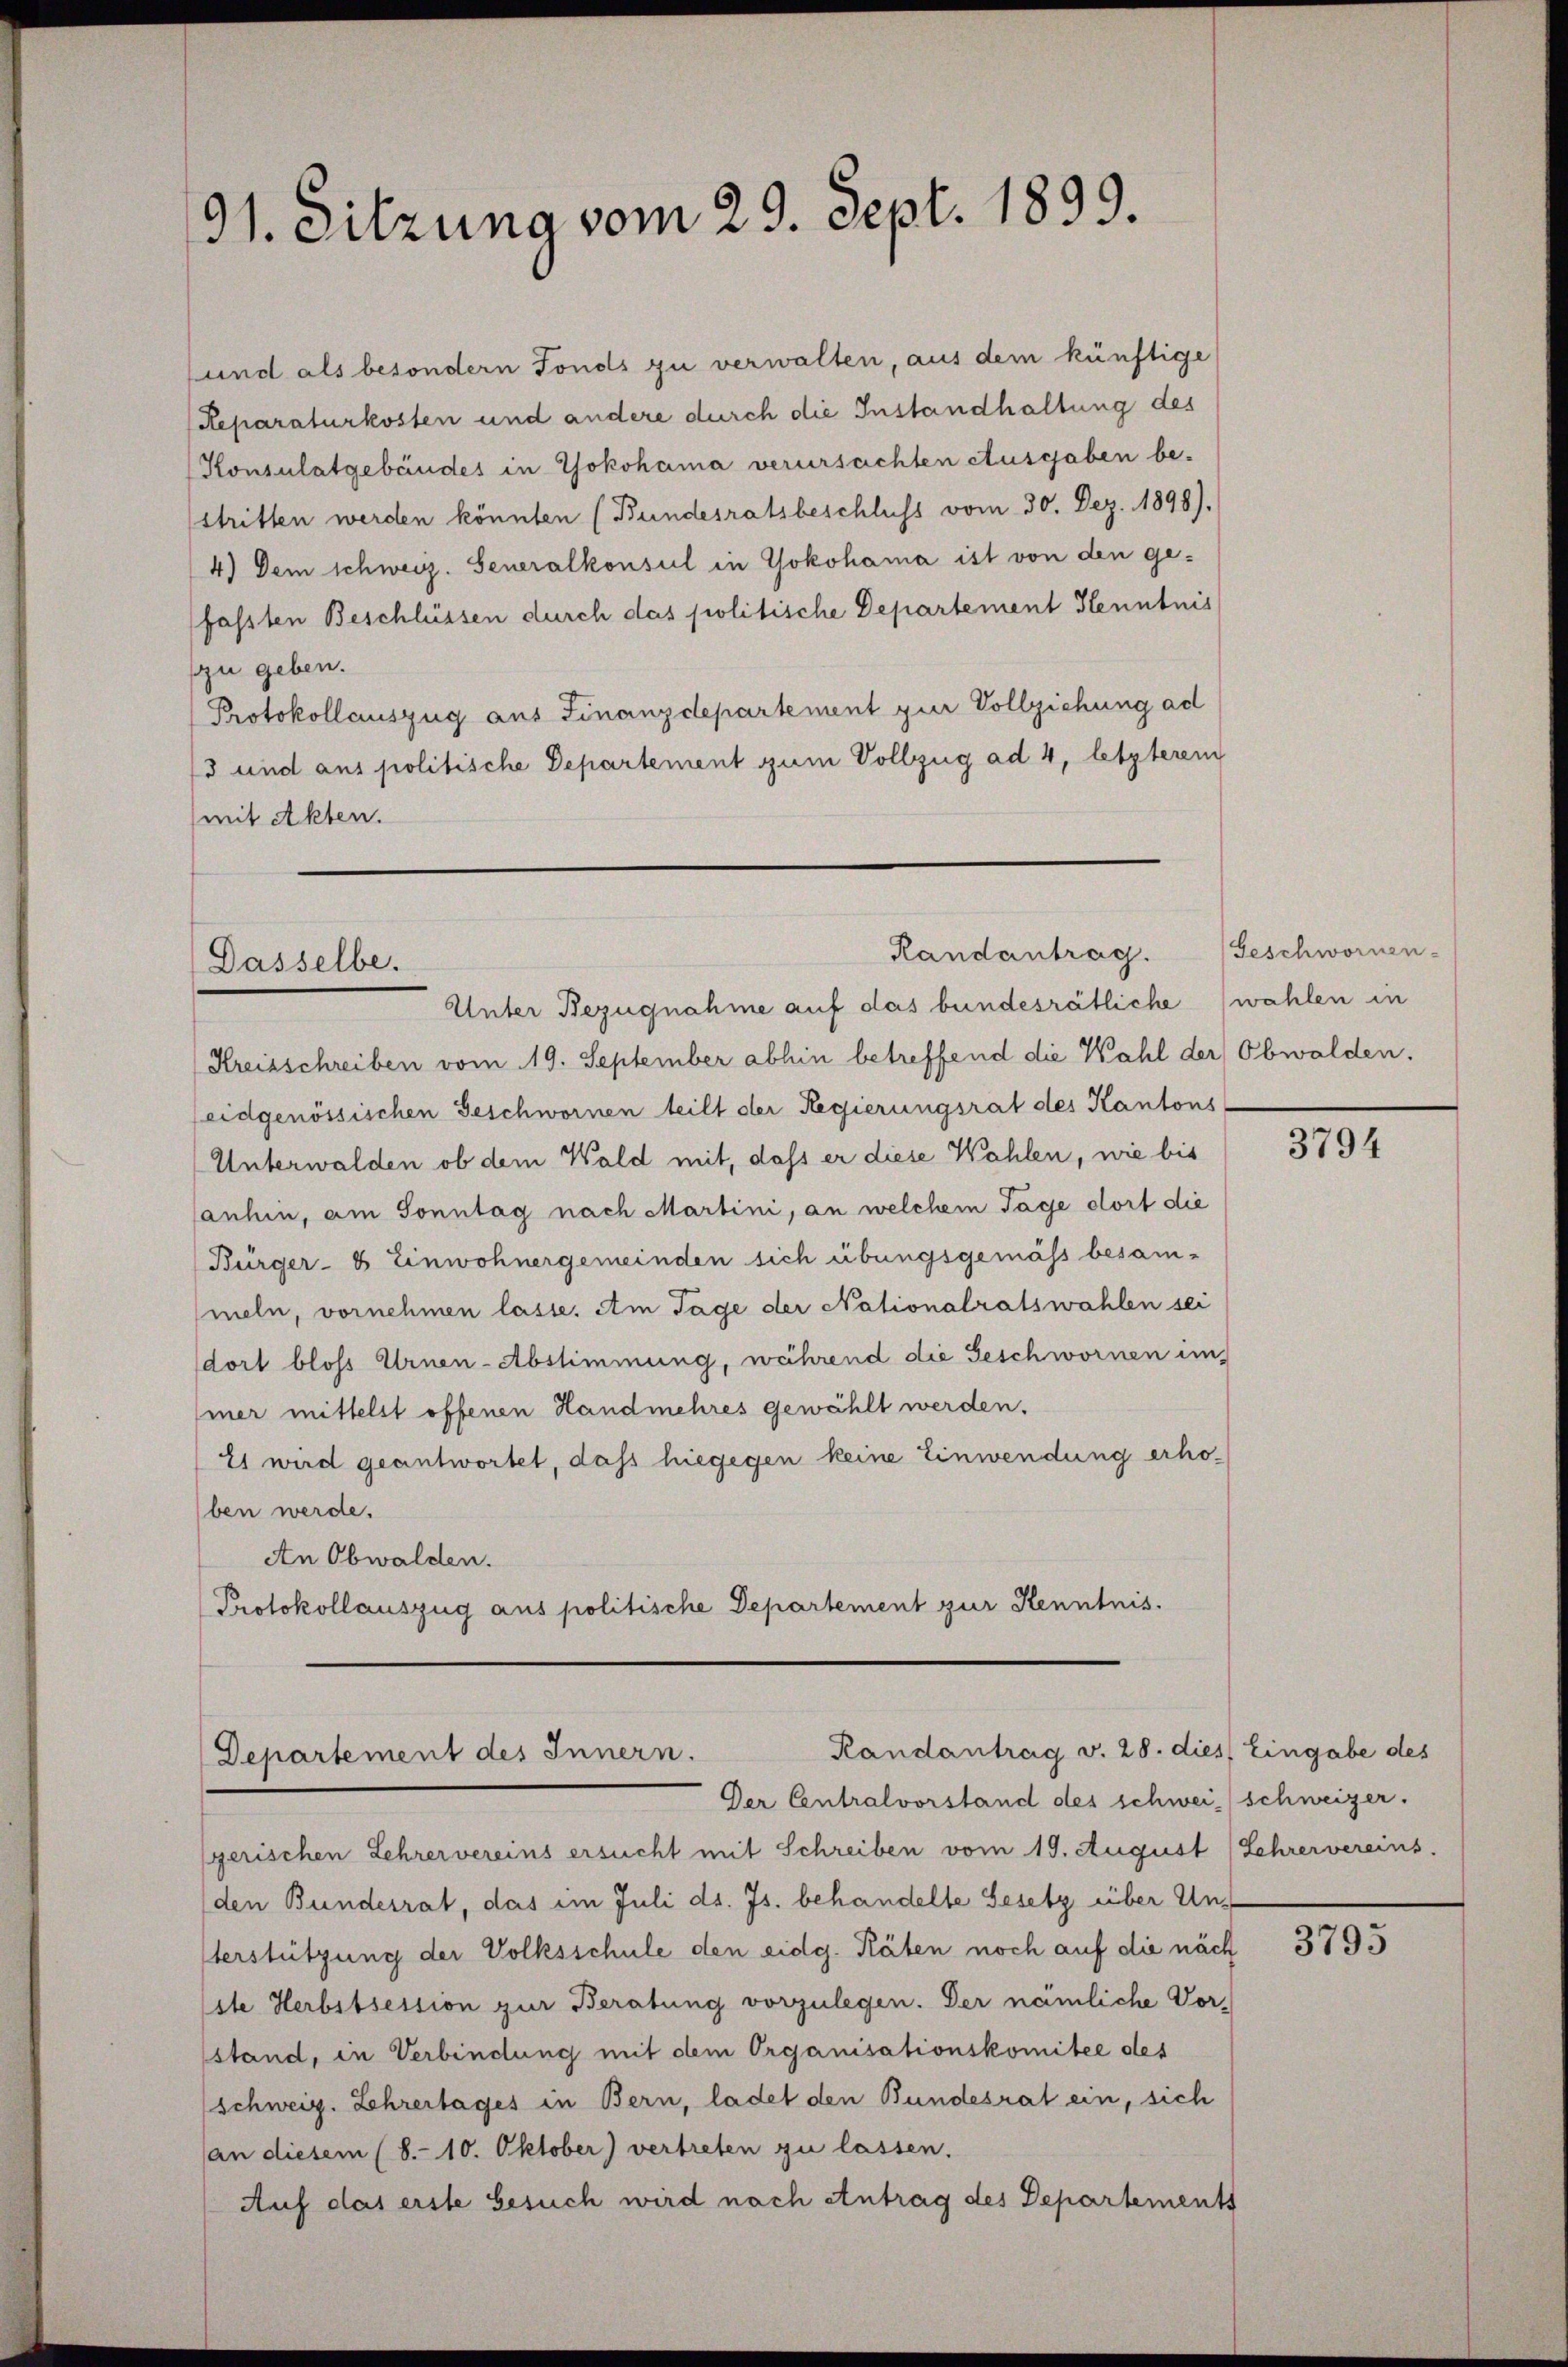
91. Sitzung vom 29. Sept. 1899.

und als besondern Fonds zu verwalten, aus dem künftige
Reparaturkosten und andere durch die Instandhaltung des
Konsulatgebäudes in Yokohama verursachten Ausgaben be-
stritten werden könnten (Bundesratsbeschluss vom 30. Dez. 1898).
4) Dem schweiz. Generalkonsul in Yokohama ist von den ge-
fassten Beschlüssen durch das politische Departement Henntnis
(zu geben.
Protokollauszug aus Finanzdepartement zur Vollziehung ad
3 und ans politische Departement zum Vollzug ad 4, letzterem
mit Akten.

Randantrag.
Dasselbe.
Unter Bezugnahme auf das bundesrätliche (wahlen in

(Kreisschreiben vom 19. September abhin betreffend die Wahl der Obwalden.
eidgenössischen Geschwornen teilt der Regierungsrat des Kantons
Unterwalden ob dem Wald mit, dass er diese Wahlen, wie bis
sanhin, am Sonntag nach Martini, an welchem Tage dort die
Bürger- 8 Einwohnergemeinden sich übungsgemäss besammeln, vornehmen lasse. Am Tage der Nationalratswahlen sei
dort bloss Urnen-Abstimmung, während die Geschwornen im
mer mittelst offenen Handmehres gewählt werden.
E1 wird geantwortet, dass hiegegen keine Einwendung erho-
ben werde.
An Obwalden.
Protokollauszug aus politische Departement zur Kenntnis.

Randantrag v. 28. dies Eingabe des
Departement des Innern.
Der Centralvorstand des schwei- schweizer.

gerischen Lehrervereins ersucht mit Schreiben vom 19. August (Lehrervereins.
(den Bundesrat, das im Juli ds. Js. behandelte Gesetz über Unterstützung der Volksschule den eidg. Räten noch auf die näch
ste Herbstsession zur Beratung vorzulegen. Der nämliche Vor-
stand, in Verbindung mit dem Organisationskomitee des
schweig. Lehrertages in Bern, ladet den Bundesrat ein, sich
an diesem (8.- 10. Oktober) vertreten zu lassen.
Auf das erste besuch wird nach Antrag des Departements

Geschwornen-

3794

3795